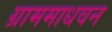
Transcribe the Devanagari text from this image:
ग्राममाधवन